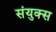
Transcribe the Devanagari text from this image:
संयुक्स